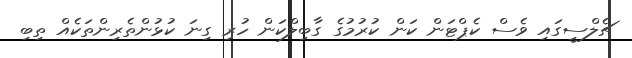
ޗެލްސީގައި ވެސް ކެޕްޓަން ކަން ކުރުމުގެ ގާބިލްކަން ހުރި ގިނަ ކުޅުންތެރިންތަކެއް ތިބި